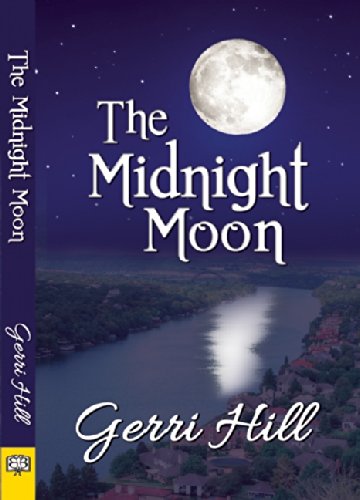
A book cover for The Midnight Moon; Gerri Hill; Romance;